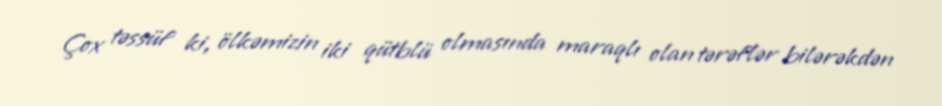
Çox təssüf ki, ölkəmizin iki qütblü olmasında maraqlı olan tərəflər bilərəkdən